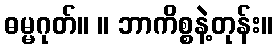
ဓမ္မဂုတ်။ ။ ဘာကိစ္စနဲ့တုန်း။